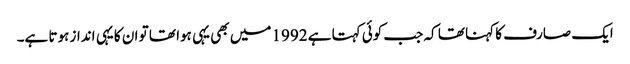
ایک صارف کا کہنا تھا کہ جب کوئی کہتا ہے 1992 میں بھی یہی ہوا تھا تو ان کا یہی انداز ہوتا ہے۔